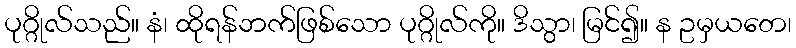
ပုဂ္ဂိုလ်သည်။ နံ၊ ထိုရန်ဘက်ဖြစ်သော ပုဂ္ဂိုလ်ကို။ ဒိသွာ၊ မြင်၍။ န ဥမှယတေ၊